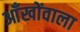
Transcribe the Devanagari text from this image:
आँखोंवाला